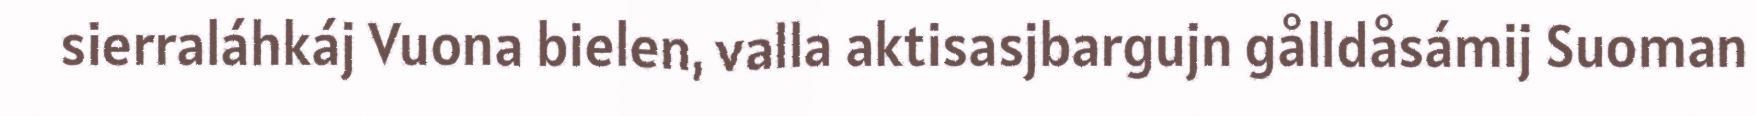
sierraláhkáj Vuona bielen, valla aktisasjbargujn gålldåsámij Suoman